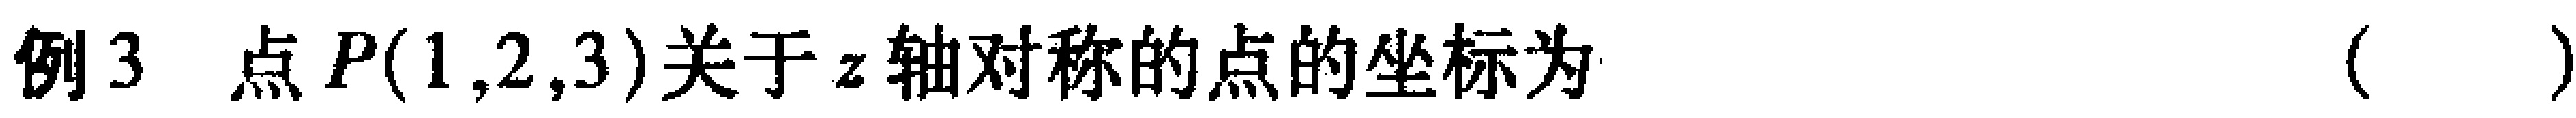
例3 点\(P(1,2,3)\)关于\(z\)轴对称的点的坐标为（  ）